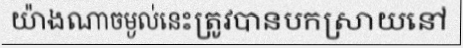
យ៉ាងណាចម្ងល់នេះត្រូវបានបកស្រាយនៅ